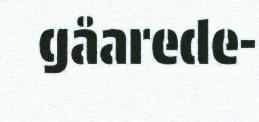
gåarede-